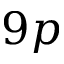
9 p